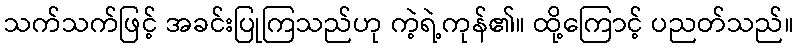
သက်သက်ဖြင့် အခင်းပြုကြသည်ဟု ကဲ့ရဲ့ကုန်၏။ ထို့ကြောင့် ပညတ်သည်။